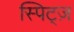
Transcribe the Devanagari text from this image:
स्पिट्ज़